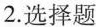
2.选择题